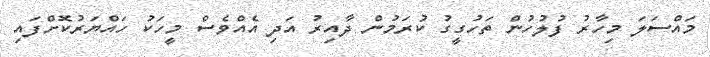
މައްސަލަ މިހާރު ފުލުހުން ތަހުގީގު ކުރަމުން ދާއިރު އަދި އެއްވެސް މީހަކު ހައްޔަރުކޮށްފައި